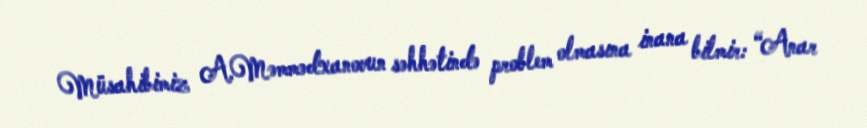
Müsahibimiz A.Məmmədxanovun səhhətində problem olmasına inana bilmir: “Anar